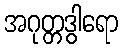
အဂုတ္တဒွါရော